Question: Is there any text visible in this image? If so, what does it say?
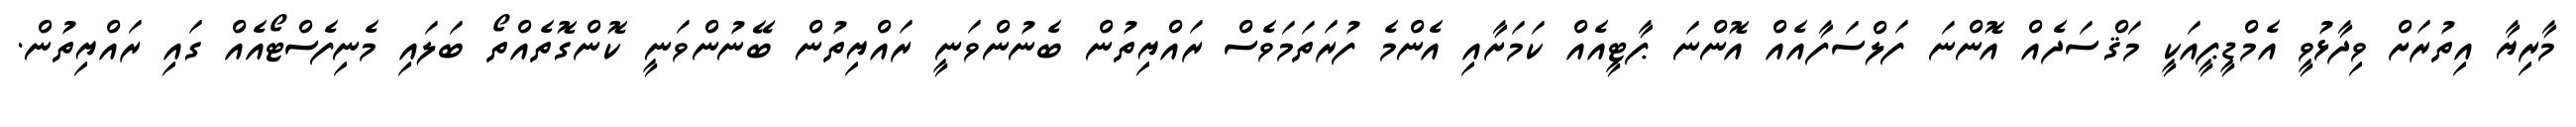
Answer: މާރިޔާ އިތުރަށް ވިދާޅުވީ އެމްޑީޕީއަކީ މަޤްސަދެއް އޮންނަ ފަލްސަފާއެއް އޮންނަ ޕާޓީއެއް ކަމަށާއި އެންމެ ފުރަތަމަވެސް ރައްޔިތުން ބެނުންވަނީ ރައްޔިތުން ބޭނުންވަނީ ކޮންގޮތެއްތޯ ބަލައި މެނިފެސްޓޯއެއް ގައި ރައްޔިތުން.